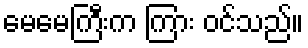
မေမေကြီးက ကြား ဝင်သည်။